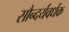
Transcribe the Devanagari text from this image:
सौन्दर्यवर्धक